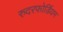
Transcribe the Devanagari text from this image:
रुदरफोर्डियम